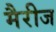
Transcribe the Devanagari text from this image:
मैरीज